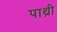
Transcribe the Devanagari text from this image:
पाथ्री